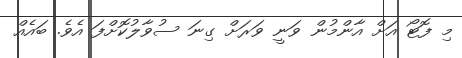
މި ފޮޓޯ އަށް އާންމުން ވަނީ ވަރަށް ގިނަ ސުވާލުކޮށްފަ އެވެ. ބައެއް